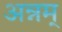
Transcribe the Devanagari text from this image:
अन्नम्